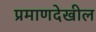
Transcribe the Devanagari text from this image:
प्रमाणदेखील